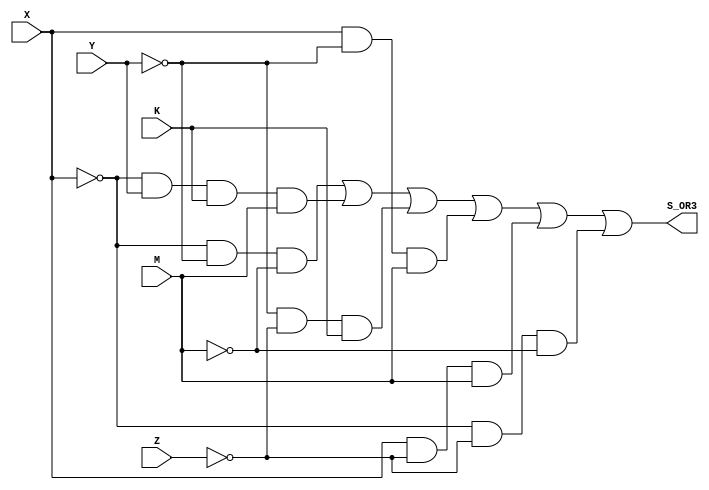

module AND_inciso3(
    //output out_7,
    //output out_8,
    output S_OR3,
   
    input X,
    input Y,
    input Z,
    input K,
    input M
    
);

assign noX = !X;
assign noY = !Y;
assign noZ = !Z;
assign noK = !K;
assign noM = !M;

assign out_1 = noX & noY & noM;//implicante 3
assign out_2 = noX & Y & K & M;//implicante 8
assign out_3=  noY & noZ & K;//implicante 4
assign out_4 = X & noY & M; //implicante 10
assign out_5 = X & noZ & M; //implicante 9
assign out_6 = noX & noZ & noM;//implicante 1

assign S_OR3 = (out_1)|(out_2)|(out_3)|(out_4)|(out_5)|(out_6);

endmodule